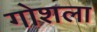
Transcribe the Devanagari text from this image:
गोशला